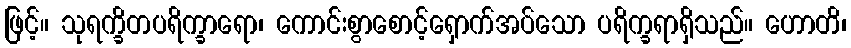
ဖြင့်။ သုရက္ခိတပရိက္ခာရော၊ ကောင်းစွာစောင့်ရှောက်အပ်သော ပရိက္ခရာရှိသည်။ ဟောတိ၊